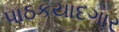
પાઠકયાદગાર